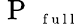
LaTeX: \mathrm{~P~}_{\mathrm{~\scriptsize~f~u~l~l~}}